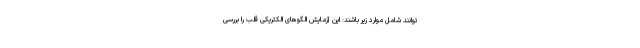
توانند شامل موارد زیر باشند: این آزمایش الگوهای الکتریکی قلب را بررسی